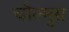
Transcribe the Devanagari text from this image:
चौल्मुग्र